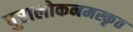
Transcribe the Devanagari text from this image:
पुरालोकनमस्कृत